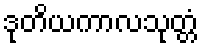
ဒုတိယကာလသုတ္တံ